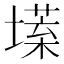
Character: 𡐽